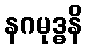
နဂမုဒ္ဓနိ